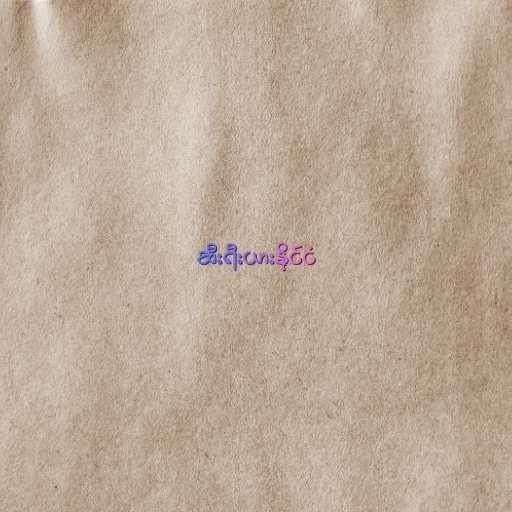
ဆီးရီးယားနိုင်ငံ